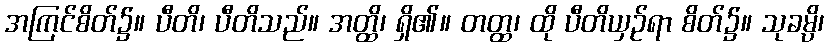
အကြင်စိတ်၌။ ပီတိ၊ ပီတိသည်။ အတ္ထိ၊ ရှိ၏။ တတ္ထ၊ ထို ပီတိယှဉ်ရာ စိတ်၌။ သုခမ္ပိ၊